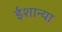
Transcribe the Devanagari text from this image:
ईशान्या